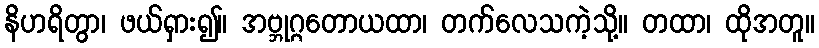
နိဟရိတွာ၊ ဖယ်ရှား၍။ အဗ္ဘုဂ္ဂတောယထာ၊ တက်လေသကဲ့သို့။ တထာ၊ ထိုအတူ။